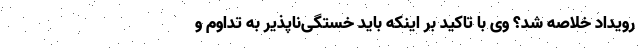
رویداد خلاصه شد؟ وی با تاکید بر اینکه باید خستگی‌ناپذیر به تداوم و